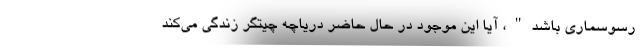
رسوسماری باشد"، آیا این موجود در حال حاضر دریاچه چیتگر زندگی می‌کند